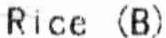
RICE (B)